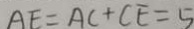
A E = A C + C E = 5